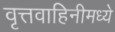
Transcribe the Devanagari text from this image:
वृत्तवाहिनीमध्ये